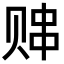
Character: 𬥸